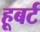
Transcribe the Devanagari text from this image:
हूबर्ट